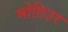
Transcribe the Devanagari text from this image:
मोतिउर